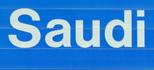
saudi